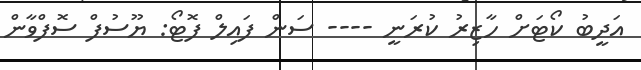
އަދީބު ކޯޓަށް ހާޒިރު ކުރަނީ ---- ސަން ފައިލް ފޮޓޯ: ޔޫސުފް ސޮފްވާން